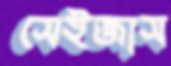
সেইজাস